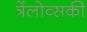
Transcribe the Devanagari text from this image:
त्रेंलोव्सकी